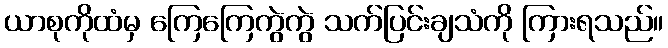
ယာစုကိုထံမှ ကြေကြေကွဲကွဲ သက်ပြင်းချသံကို ကြားရသည်။